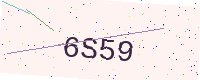
Text: 6S59